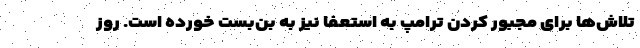
تلاش‌ها برای مجبور کردن ترامپ به استعفا نیز به بن‌بست خورده است. روز